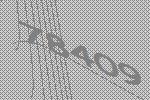
78409